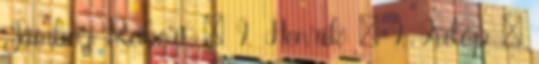
Jámbor Róbert · I. Henrik · I. Fülöp ·